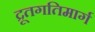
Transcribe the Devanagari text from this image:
द्रूतगतिमार्ग